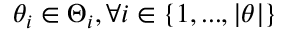
\theta _ { i } \in \Theta _ { i } , \forall i \in \{ 1 , . . . , | \theta | \}